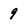
Character: 9